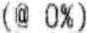
(@ 0%)